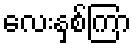
လေးနှစ်ကြာ